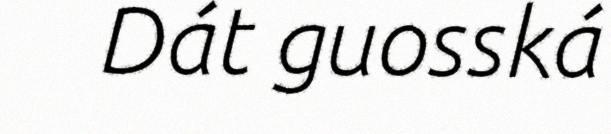
Dát guosská